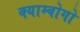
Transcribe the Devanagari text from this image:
क्याम्बोगो